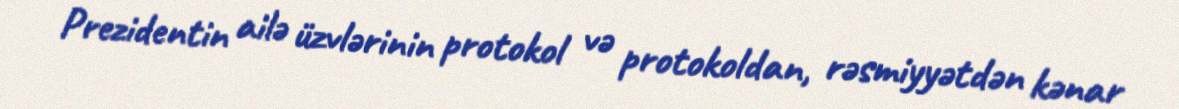
Prezidentin ailə üzvlərinin protokol və protokoldan, rəsmiyyətdən kənar